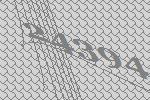
24394